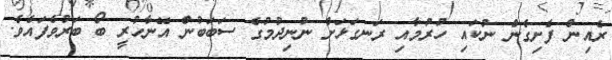
ރެއިން ފެށިގެން ނުކައި ހުރުމާއި ރަނގަޅަށް ނުނިދުމުގެ ސަބަބުން އޭނާހުރީ ބޯ ބަރުވެފައެވެ.